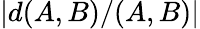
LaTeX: |d(A,B)/(A,B)|